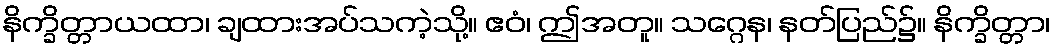
နိက္ခိတ္တာယထာ၊ ချထားအပ်သကဲ့သို့။ ဧဝံ၊ ဤအတူ။ သဂ္ဂေန၊ နတ်ပြည်၌။ နိက္ခိတ္တာ၊